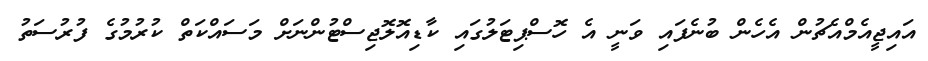
އައިޖީއެމްއެޗުން އެހެން ބުނެފައި ވަނީ އެ ހޮސްޕިޓަލުގައި ކާޑިއޮލޮޖިސްޓުންނަށް މަސައްކަތް ކުރުމުގެ ފުރުސަތު